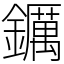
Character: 𨯅